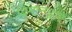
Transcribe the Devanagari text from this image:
बिमानद्वारे